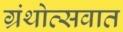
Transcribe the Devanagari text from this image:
ग्रंथोत्सवात